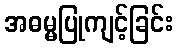
အဓမ္မပြုကျင့်ခြင်း